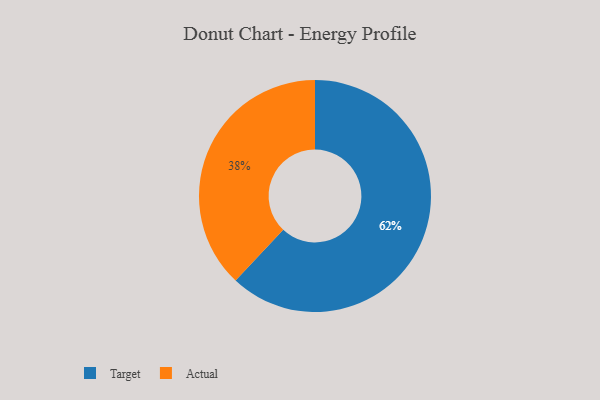
{"axis": {"x": "Category", "y": "Percentage"}, "legend": ["Actual", "Target"], "data": [{"x": "Target", "y": 62, "type": "Target"}, {"x": "Actual", "y": 38, "type": "Actual"}]}